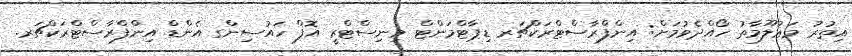
އިތުރު މަޢުލޫމާތު ހޯއްދެވުމަށް: އިންފްރާސްޓްރަކްޗަރ ޑިޕާޓްމަންޓް މިނިސްޓްރީ އޮފް ހައުސިންގ އެންޑް އިންފްރާސްޓްރަކްޗަރ.